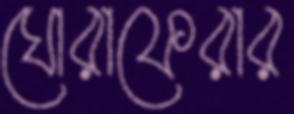
ঘোরাফেরার